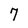
Character: 7